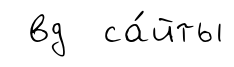
вд са́йты